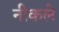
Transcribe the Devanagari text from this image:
नीकले